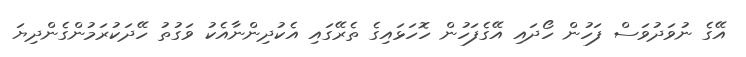
އޭގެ ނުވަދުވަސް ފަހުން ހޯދައި އޭގެފަހުން ހޮހަޅައިގެ ތެރޭގައި އެކުދިންނާއެކު ވަގުތު ހޭދަކުރަމުންގެންދިޔަ